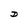
Character: D